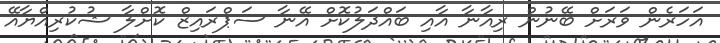
އަހަރެން ވަރަށް ބޭނުން ރިއާނާ އާއި ބައްދަލުކޮށް އޭނާ ސަޕްރައިޒް ކޮށްލާ ޝުކުރިއްޔާއޭ